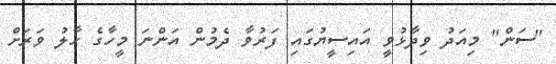
"ސަން" މިއަދު ވިދާޅުވީ އައިސީޔުގައި ފަރުވާ ދެމުން އަންނަ މީހާގެ ހާލު ވަރަށް